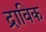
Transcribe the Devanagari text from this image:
द्राविक